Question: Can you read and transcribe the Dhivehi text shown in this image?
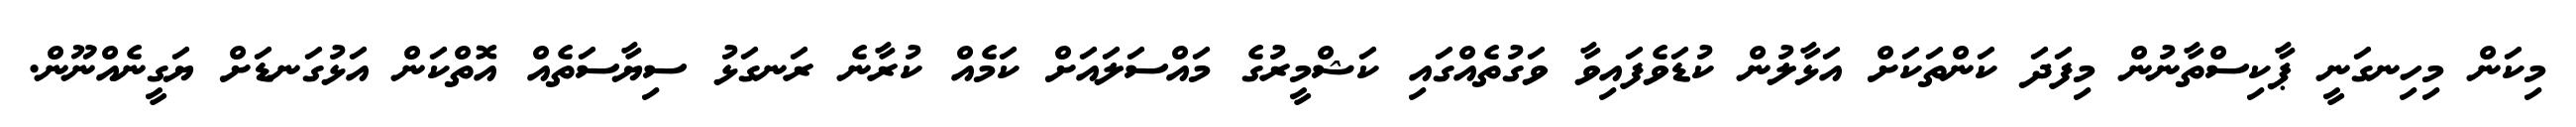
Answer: މިކަން މިހިނގަނީ ޕާކިސްތާނުން މިފަދަ ކަންތަކަށް އަޅާލުން ކުޑަވެފައިވާ ވަގުތެއްގައި ކަޝްމީރުގެ މައްސަލައަށް ކަމެއް ކުރާނެ ރަނގަޅު ސިޔާސަތެއް އޮތްކަން އަޅުގަނޑަށް ޔަގީނެއްނޫން.